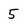
Character: 5